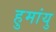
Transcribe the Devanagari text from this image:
हुमांयु